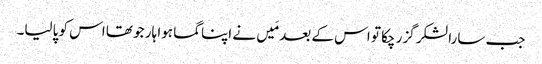
جب سارا لشکر گزر چکا تو اس کے بعد مَیں نے اپناگما ہوا ہار جو تھا اس کو پالیا۔